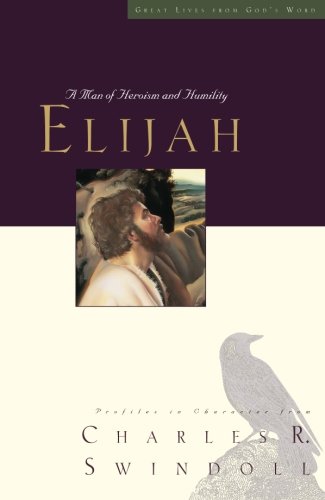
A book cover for Elijah: A Man of Heroism and Humility (Great Lives Series); Charles R. Swindoll; Christian Books & Bibles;